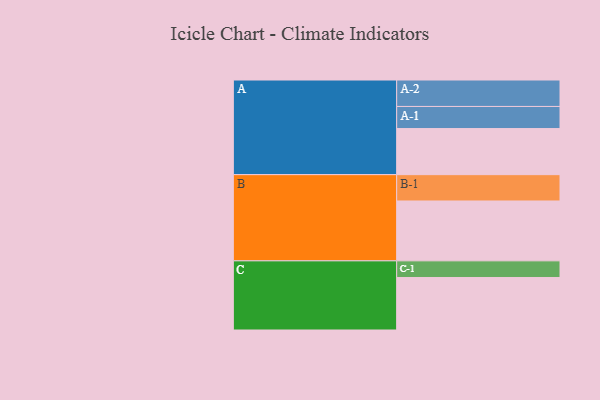
{"axis": {"x": "Segment", "y": "Value"}, "legend": ["", "A", "B", "C"], "data": [{"x": "A", "y": 338, "type": ""}, {"x": "B", "y": 439, "type": ""}, {"x": "C", "y": 385, "type": ""}, {"x": "A-1", "y": 162, "type": "A"}, {"x": "A-2", "y": 194, "type": "A"}, {"x": "B-1", "y": 193, "type": "B"}, {"x": "C-1", "y": 122, "type": "C"}]}